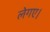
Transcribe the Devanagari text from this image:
लेगए।